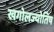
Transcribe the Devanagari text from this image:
खगोलज्योतिष